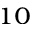
^ { 1 0 }